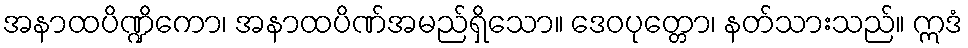
အနာထပိဏ္ဍိကော၊ အနာထပိဏ်အမည်ရှိသော။ ဒေဝပုတ္တော၊ နတ်သားသည်။ ဣဒံ